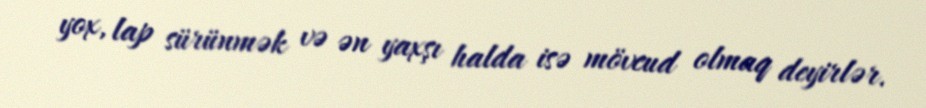
yox, lap sürünmək və ən yaxşı halda isə mövcud olmaq deyirlər.